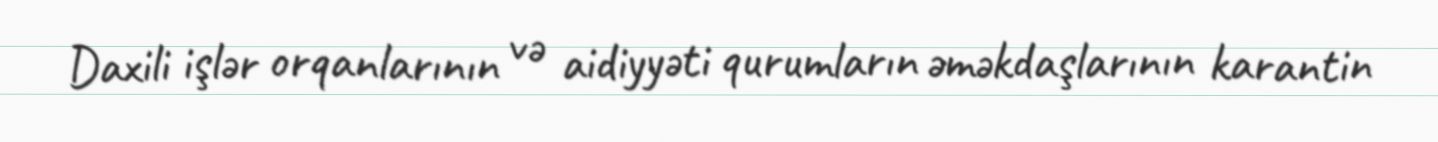
Daxili işlər orqanlarının və aidiyyəti qurumların əməkdaşlarının karantin